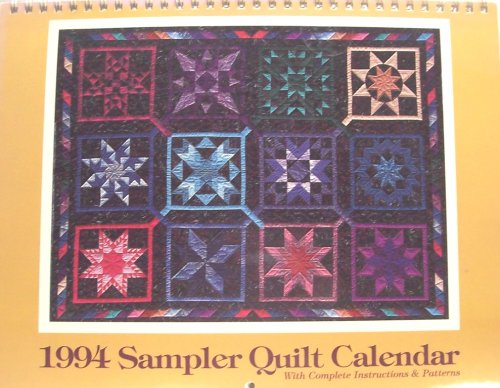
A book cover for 1994 Sampler Quilt Calendar with Complete Instructions and Patterns; Calendars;